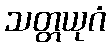
သတ္တယုဂံ